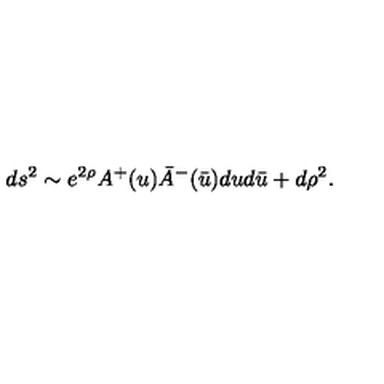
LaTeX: d s ^ { 2 } \sim e ^ { 2 \rho } A ^ { + } ( u ) \bar { A } ^ { - } ( \bar { u } ) d u d \bar { u } + d \rho ^ { 2 } .